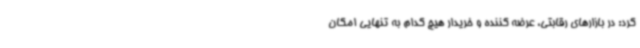
کرد: در بازارهای رقابتی، عرضه کننده و خریدار هیچ کدام به تنهایی امکان